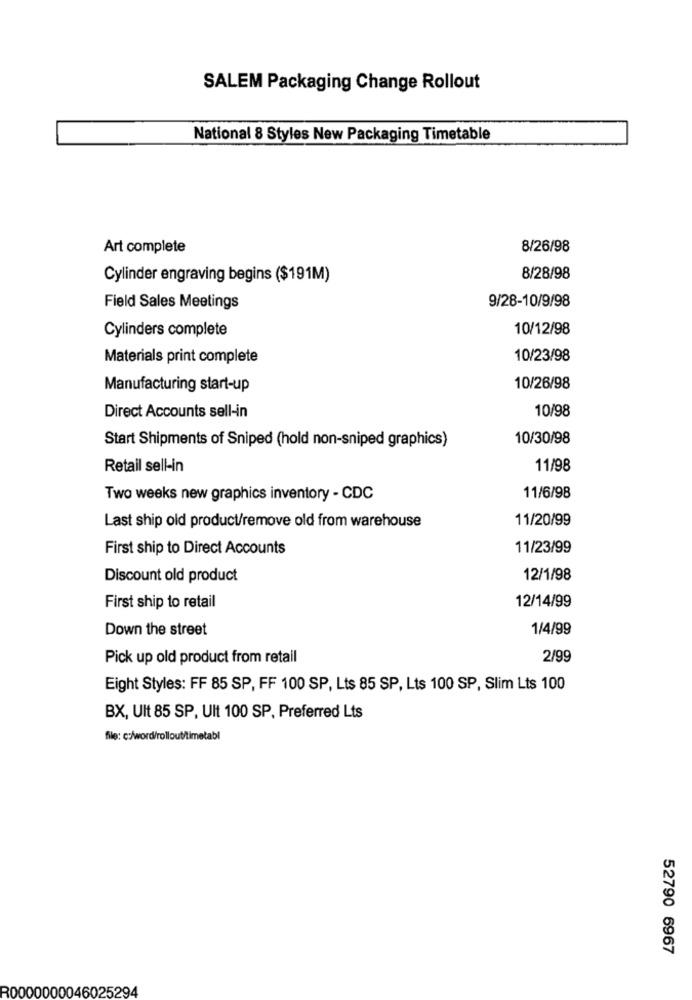
SALEM Packaging Change Rollout
National 8 Styles New Packaging Timetable
Art complete
8/26/98
Cylinder engraving begins ($191M)
8/28/98
9/28-10/9/98
Field Sales Meetings
Cylinders complete
10/12/98
Materials print complete
10/23/98
Manufacturing start-up
10/26/98
Direct Accounts sell-in
10/98
Start Shipments of Sniped (hold non-sniped graphics)
10/30/98
Retail sell-in
11/98
Two weeks new graphics inventory - CDC
11/6/98
11/20/99
Last ship old product/remove old from warehouse
First ship to Direct Accounts
11/23/99
Discount old product
12/1/98
12/14/99
First ship to retail
Down the street
1/4/99
Pick up old product from retail
2/99
Eight Styles: FF 85 SP, FF 100 SP, Lts 85 SP, Lts 100 SP, Slim Lts 100
BX, Ult 85 SP, Ult 100 SP. Preferred Lts
file: c:/word/rollout/timetabl
52790 6967
R0000000046025294